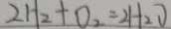
2 H _ { 2 } + O _ { 2 } = 2 H _ { 2 } O